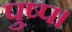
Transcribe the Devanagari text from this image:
पुष्प।